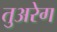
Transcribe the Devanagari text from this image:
तुअरेग